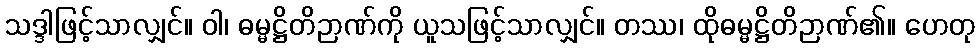
သဒ္ဒါဖြင့်သာလျှင်။ ဝါ၊ ဓမ္မဋ္ဌိတိဉာဏ်ကို ယူသဖြင့်သာလျှင်။ တဿ၊ ထိုဓမ္မဋ္ဌိတိဉာဏ်၏။ ဟေတု